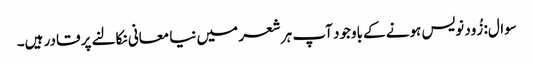
سوال: زُود نویس ہونے کے باوجود آپ ہر شعر میں نیا معانی نکالنے پر قادر ہیں۔